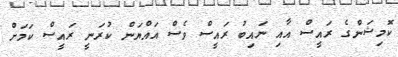
ކޮމިޝަންގެ ރައީސް އާއި ނައިބު ރައީސް ވެސް އައްޔަން ކުރަނީ ރައީސް ކަމަށް